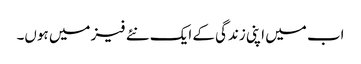
اب میں اپنی زندگی کے ایک نئے فیز میں ہوں۔